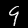
Label: 9